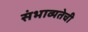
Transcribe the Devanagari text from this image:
संभाव्यतेची